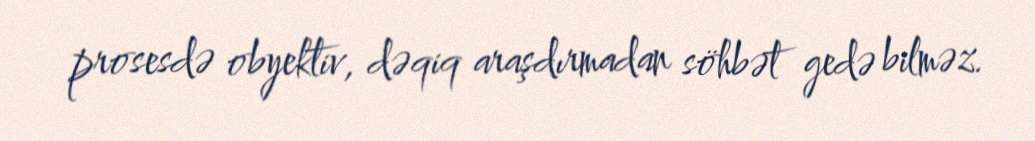
prosesdə obyektiv, dəqiq araşdırmadan söhbət gedə bilməz.